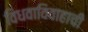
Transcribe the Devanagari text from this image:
विधवाविवाहाची